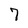
Character: 7